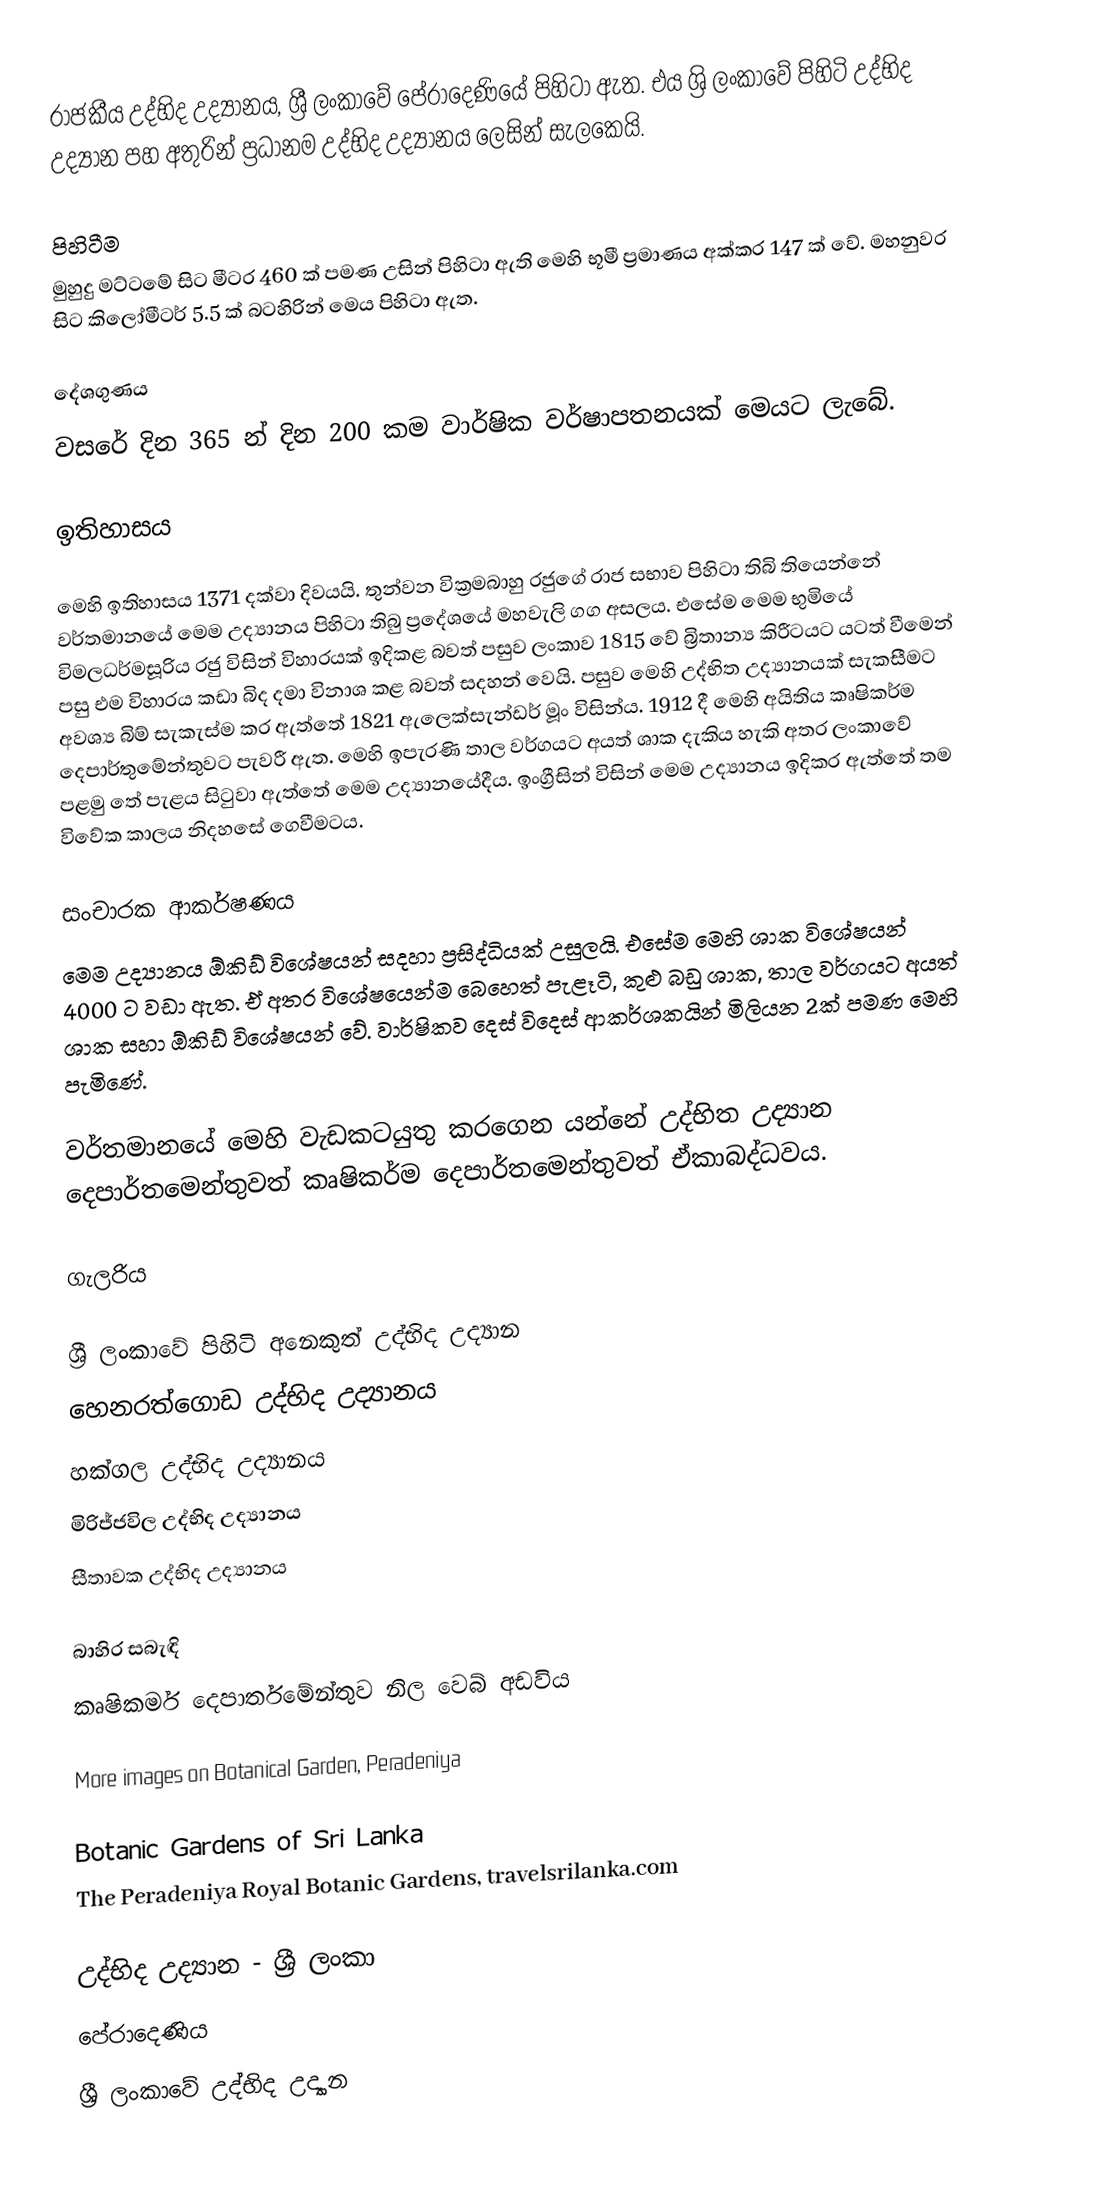
රාජකීය උද්භිද උද්‍යානය, ශ්‍රී ලංකාවේ පේරාදෙණියේ පිහිටා ඇත. එය ශ්‍රි ලංකාවේ පිහිටි උද්භිද උද්‍යාන පහ අතුරින් ප්‍රධානම උද්භිද උද්‍යානය ලෙසින් සැලකෙයි.

පිහිටීම
මුහුදු මට්ටමේ සිට මීටර 460 ක් පමණ උසින් පිහිටා ඇති මෙහි භූමී ප්‍රමාණය අක්කර 147 ක් වේ. මහනුවර සිට කිලෝමීටර් 5.5 ක් බටහිරින් මෙය පිහිටා ඇත.

දේශගුණය
වසරේ දින 365 න් දින 200 කම වාර්ෂික වර්ෂාපතනයක් මෙයට ලැබේ.

ඉතිහාසය

මෙහි ඉතිහාසය 1371 දක්වා දිවයයි. තුන්වන වික්‍රමබාහු රජුගේ රාජ සභාව පිහිටා තිබි තියෙන්නේ වර්තමානයේ මෙම උද්‍යානය පිහිටා තිබු ප්‍රදේශයේ මහවැලි ගග අසලය. එසේම මෙම භුමියේ විමලධර්මසූරිය රජු විසින් විහාරයක් ඉදිකළ බවත් පසුව ලංකාව 1815 වේ බ්‍රිතාන්‍ය කිරීටයට යටත් වීමෙන් පසු එම විහාරය කඩා බිද දමා විනාශ කළ බවත් සදහන් වෙයි. පසුව මෙහි උද්භිත උද්‍යානයක් සැකසීමට අවශ්‍ය බිම් සැකැස්ම කර ඇත්තේ 1821 ඇලෙක්සැන්ඩර් මූං විසින්ය. 1912 දී මෙහි අයිතිය කෘෂිකර්ම දෙපාර්තුමේන්තුවට පැවරී ඇත. මෙහි ඉපැරණි තාල වර්ගයට අයත් ශාක දැකිය හැකි අතර ලංකාවේ පළමු තේ පැළය සිටුවා ඇත්තේ මෙම උද්‍යානයේදීය. ඉංග්‍රීසින් විසින් මෙම උද්‍යානය ඉදිකර ඇත්තේ තම විවේක කාලය නිදහසේ ගෙවීමටය.

සංචාරක ආකර්ෂණය
මෙම උද්‍යානය ඕකිඩ් විශේෂයන් සදහා ප්‍රසිද්ධියක් උසුලයි. එසේම මෙහි ශාක විශේෂයන් 4000 ට  වඩා ඇත. ඒ අතර විශේෂයෙන්ම බෙහෙත් පැළෑටි, කුළු බඩු ශාක, තාල වර්ගයට අයත් ශාක සහා ඕකිඩ් විශේෂයන් වේ. වාර්ෂිකව දෙස් විදෙස් ආකර්ශකයින් මිලියන 2ක් පමණ මෙහි පැමිණේ.

වර්තමානයේ මෙහි වැඩකටයුතු කරගෙන යන්නේ උද්භිත උද්‍යාන දෙපාර්තමෙන්තුවත් කෘෂිකර්ම දෙපාර්තමෙන්තුවත්  ඒකාබද්ධවය.

ගැලරිය

ශ්‍රී ලංකාවේ පිහිටි අනෙකුත් උද්භිද උද්‍යාන
 හෙනරත්ගොඩ උද්භිද උද්‍යානය
 හක්ගල උද්භිද උද්‍යානය
 මිරිජ්ජවිල උද්භිද උද්‍යානය
 සීතාවක උද්භිද උද්‍යානය

බාහිර සබැඳි
කෘෂිකර්ම දෙපාර්තමේන්තුව නිල වෙබ් අඩවිය

More images on Botanical Garden, Peradeniya

Botanic Gardens of Sri Lanka
The Peradeniya Royal Botanic Gardens, travelsrilanka.com

උද්භිද උද්‍යාන - ශ්‍රී ලංකා
පේරාදෙණිය
ශ්‍රී ලංකාවේ උද්භිද උද්‍යාන